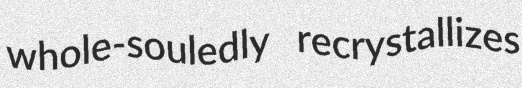
whole-souledly recrystallizes